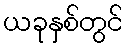
ယခုနှစ်တွင်